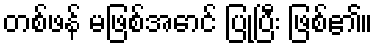
တစ်ဖန် မဖြစ်အောင် ပြုပြီး ဖြစ်၏။